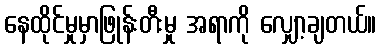
နေထိုင်မှုမှာဖြုန်းတီးမှု အရာကို လျှော့ချတယ်။